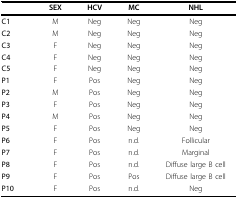
<table><thead><tr><td></td><td><b>SEX</b></td><td><b>HCV</b></td><td><b>MC</b></td><td><b>NHL</b></td></tr></thead><tbody><tr><td><b>C1</b></td><td>M</td><td>Neg</td><td>Neg</td><td>Neg</td></tr><tr><td><b>C2</b></td><td>M</td><td>Neg</td><td>Neg</td><td>Neg</td></tr><tr><td><b>C3</b></td><td>F</td><td>Neg</td><td>Neg</td><td>Neg</td></tr><tr><td><b>C4</b></td><td>F</td><td>Neg</td><td>Neg</td><td>Neg</td></tr><tr><td><b>C5</b></td><td>F</td><td>Neg</td><td>Neg</td><td>Neg</td></tr><tr><td><b>P1</b></td><td>F</td><td>Pos</td><td>Neg</td><td>Neg</td></tr><tr><td><b>P2</b></td><td>M</td><td>Pos</td><td>Neg</td><td>Neg</td></tr><tr><td><b>P3</b></td><td>F</td><td>Pos</td><td>Neg</td><td>Neg</td></tr><tr><td><b>P4</b></td><td>M</td><td>Pos</td><td>Neg</td><td>Neg</td></tr><tr><td><b>P5</b></td><td>F</td><td>Pos</td><td>Neg</td><td>Neg</td></tr><tr><td><b>P6</b></td><td>F</td><td>Pos</td><td>n.d.</td><td>Follicular</td></tr><tr><td><b>P7</b></td><td>F</td><td>Pos</td><td>n.d.</td><td>Marginal</td></tr><tr><td><b>P8</b></td><td>F</td><td>Pos</td><td>n.d.</td><td>Diffuse large B cell</td></tr><tr><td><b>P9</b></td><td>F</td><td>Pos</td><td>Pos</td><td>Diffuse large B cell</td></tr><tr><td><b>P10</b></td><td>F</td><td>Pos</td><td>n.d.</td><td>Neg</td></tr></tbody></table>